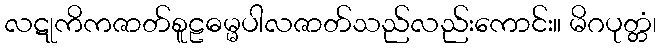
လဋုကိကဇာတ်စူဠဓမ္မပါလဇာတ်သည်လည်းကောင်း။ မိဂပုတ္တံ၊